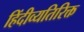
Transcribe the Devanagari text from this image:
हिंदीव्यतिरिक्त